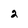
Character: 2